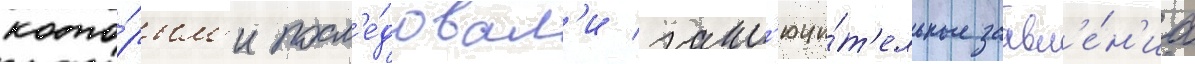
кото́рым'и посл'е́довал'и закл'ючи́т'ельные заавл'е́н'иа